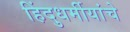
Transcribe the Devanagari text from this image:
हिंदुधर्मीयांचे